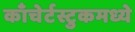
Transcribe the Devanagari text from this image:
काँचेर्टस्टुकमध्ये